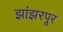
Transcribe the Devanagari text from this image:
झांझरपूर